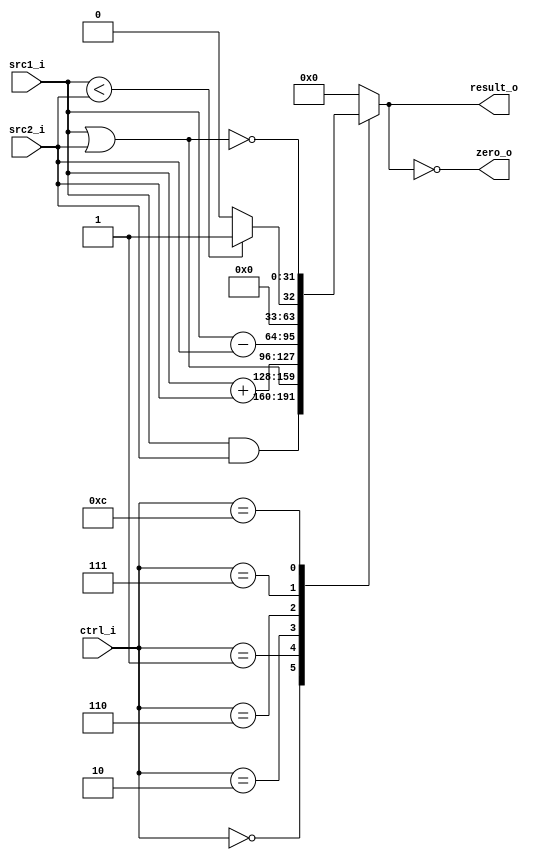
//Subject:     CO project 2 - ALU
//--------------------------------------------------------------------------------
//Version:     1
//--------------------------------------------------------------------------------
//Writer:      
//----------------------------------------------
//Date:        
//----------------------------------------------
//Description: 
//--------------------------------------------------------------------------------

module ALU(
    src1_i,
	src2_i,
	ctrl_i,
	result_o,
	zero_o
	);
     
//I/O ports
input  [32-1:0]  src1_i;
input  [32-1:0]	 src2_i;
input  [4-1:0]   ctrl_i;

output [32-1:0]	 result_o;
output           zero_o;

//Internal signals
reg    [32-1:0]  result_o;
wire             zero_o;

//Parameter

//Main function
assign zero_o = (result_o == 0);
always @(*) begin
	case (ctrl_i)
		0: result_o <= src1_i & src2_i;
		1: result_o <= src1_i | src2_i;
		2: result_o <= src1_i + src2_i;
		6: result_o <= src1_i - src2_i;
		7: result_o <= (src1_i < src2_i)?1 : 0;
		12: result_o <= ~(src1_i | src2_i);
		default: result_o <= 0;
	endcase
end
endmodule